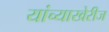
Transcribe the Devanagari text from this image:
यांच्याखेरीज